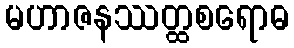
မဟာဇနဿတ္ထစရောဓ